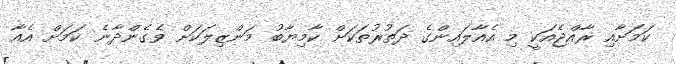
ކަމަށާއި ރާއްޖެއަކީ މި އެއާލައިންގެ ދަތުރުތަކަށް ކާމިޔާބު މަންޒިލަކަށް ވެގެންދާނެ ކަމަށް އެއާ